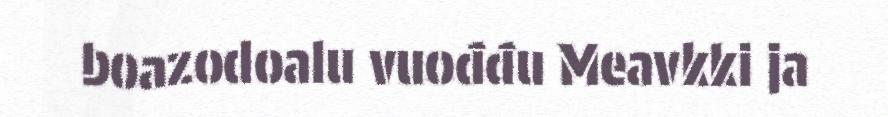
boazodoalu vuođđu Meavkki ja